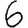
Digit: 6